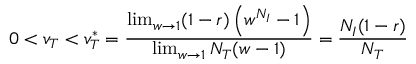
0 < v _ { T } < v _ { T } ^ { * } = \frac { \operatorname* { l i m } _ { w \rightarrow 1 } ( 1 - r ) \left( w ^ { N _ { I } } - 1 \right) } { \operatorname* { l i m } _ { w \rightarrow 1 } N _ { T } ( w - 1 ) } = \frac { N _ { I } ( 1 - r ) } { N _ { T } }